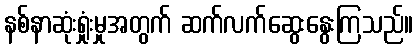
နစ်နာဆုံးရှုံးမှုအတွက် ဆက်လက်ဆွေးနွေးကြသည်။